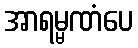
အာရမ္မဏံပေ